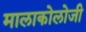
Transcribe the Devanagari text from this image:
मालाकोलोजी